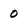
Character: 0